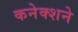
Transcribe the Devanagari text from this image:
कनेक्शने